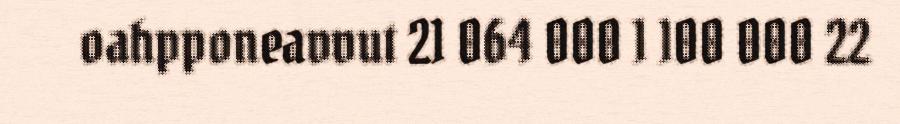
oahpponeavvut 21 064 000 1 100 000 22